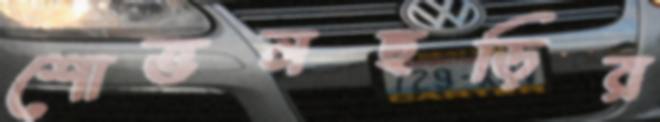
শোভনছড়ির